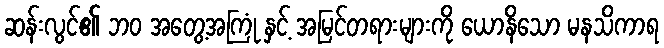
ဆန်းလွင်၏ ဘဝ အတွေ့အကြုံ နှင့် အမြင်တရားများကို ယောနိသော မနသိကာရ